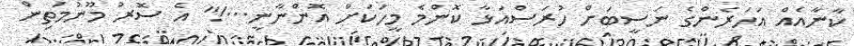
ކާނާއެއް އަހަރެންގެ ނަސީބަށް ހުރަސްއަޅާ ކޮންމެ މީހަކަށް އޮންނާނީ...!" އެ ސޮރު މޫނުމަތިން